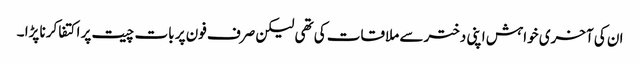
ان کی آخری خواہش اپنی دختر سے ملاقات کی تھی لیکن صرف فون پر بات چیت پر اکتفا کرنا پڑا ۔